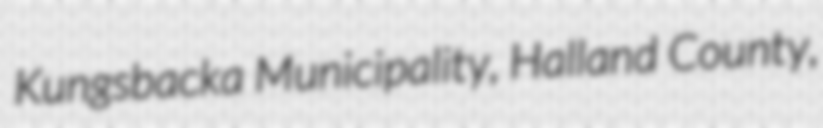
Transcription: Kungsbacka Municipality, Halland County,